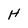
Character: H